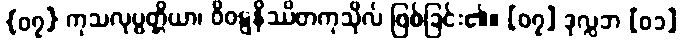
{၀၇} ကုသလုပ္ပတ္တိယာ၊ ဝိဝဋ္ဋနိဿိတကုသိုလ် ဖြစ်ခြင်း၏။ [၀၇] ဒုလ္လဘ [၀၁]